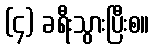
(၄) ခရီးသွားပြီးစ။